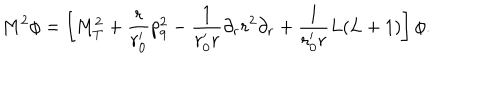
M ^ { 2 } \phi = \left[ M _ { T } ^ { 2 } + \frac { r } { r _ { 0 } ^ { \prime } } p _ { 9 } ^ { 2 } - \frac { 1 } { r _ { 0 } ^ { \prime } r } \partial _ { r } r ^ { 2 } \partial _ { r } + \frac { 1 } { r _ { 0 } ^ { \prime } r } L ( L + 1 ) \right] \phi .